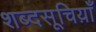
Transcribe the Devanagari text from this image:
शब्दसूचिय़ाँ